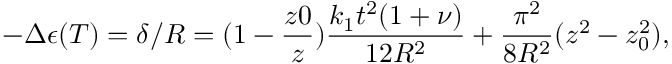
- \Delta \epsilon ( T ) = \delta / R = ( 1 - \frac { z 0 } { z } ) \frac { k _ { 1 } t ^ { 2 } ( 1 + \nu ) } { 1 2 R ^ { 2 } } + \frac { \pi ^ { 2 } } { 8 R ^ { 2 } } ( z ^ { 2 } - z _ { 0 } ^ { 2 } ) ,